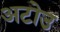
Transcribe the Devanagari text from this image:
अटोउ